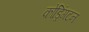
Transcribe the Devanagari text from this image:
कोड्रिंगटन